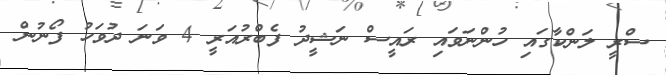
ސްރީ ލަންކާގައި ހުންނަވައި ރައީސް ނަޝީދު ފެބްރުއަރީ 4 ވަނަ ދުވަހު ފޯނުން